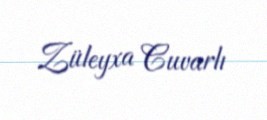
Züleyxa Cuvarlı